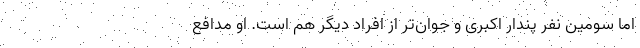
اما سومین نفر پندار اکبری و جوان‌تر از افراد دیگر هم است. او مدافع